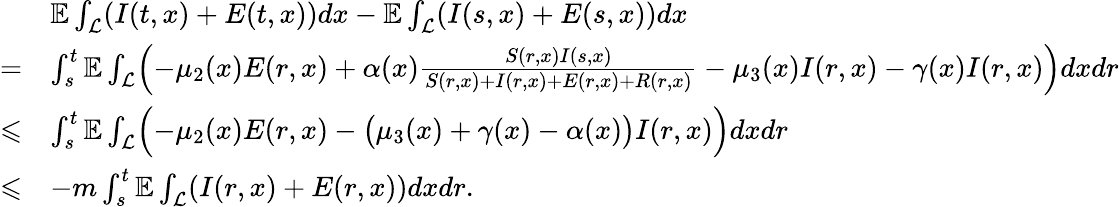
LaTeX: \begin{array}{rl}&{\mathbb{E}\int_{\mathcal{L}}(I(t,x)+E(t,x))dx-\mathbb{E}\int_{\mathcal{L}}(I(s,x)+E(s,x))dx}\\ {=}&{\int_{s}^{t}\mathbb{E}\int_{\mathcal{L}}\Bigl(-\mu_{2}(x)E(r,x)+\alpha(x)\frac{S(r,x)I(s,x)}{S(r,x)+I(r,x)+E(r,x)+R(r,x)}-\mu_{3}(x)I(r,x)-\gamma(x)I(r,x)\Bigr)dxdr}\\ {\leqslant}&{\int_{s}^{t}\mathbb{E}\int_{\mathcal{L}}\Bigl(-\mu_{2}(x)E(r,x)-\bigl(\mu_{3}(x)+\gamma(x)-\alpha(x)\bigr)I(r,x)\Bigr)dxdr}\\ {\leqslant}&{-m\int_{s}^{t}\mathbb{E}\int_{\mathcal{L}}(I(r,x)+E(r,x))dxdr.}\end{array}